65_HS1-834228961_62-HQ-83894_Section_7
Agency: FBI
Page 102
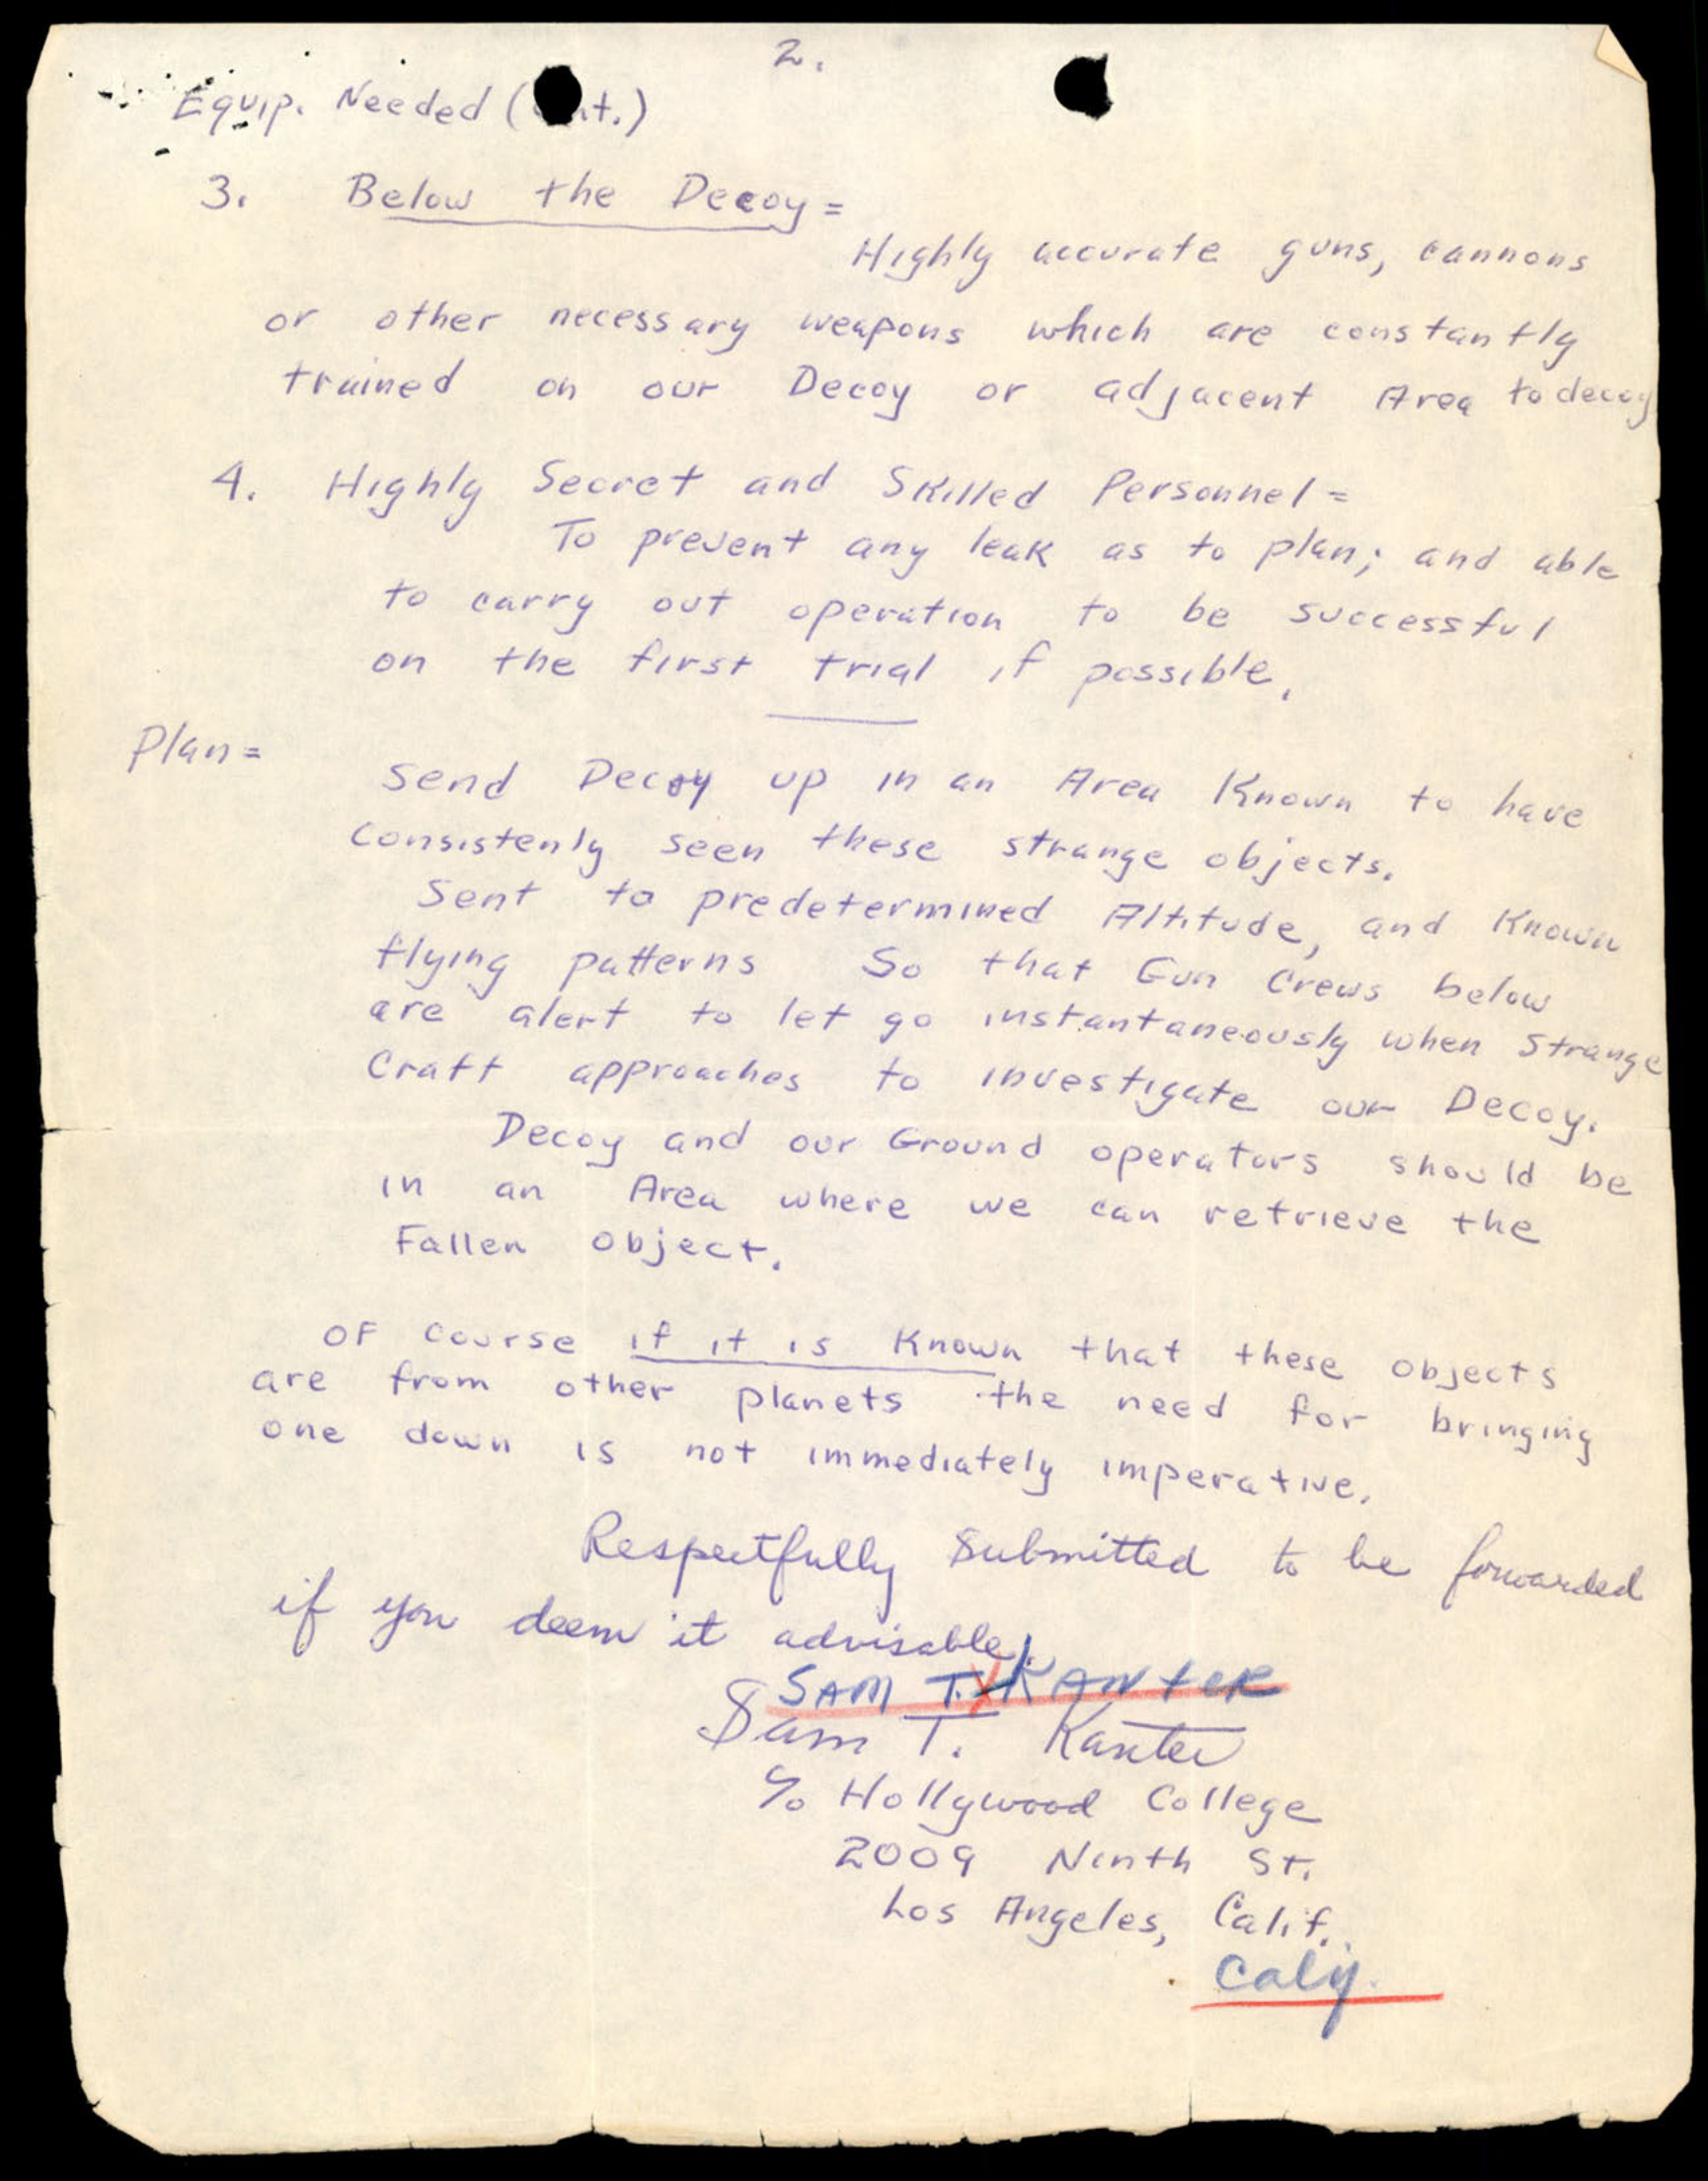